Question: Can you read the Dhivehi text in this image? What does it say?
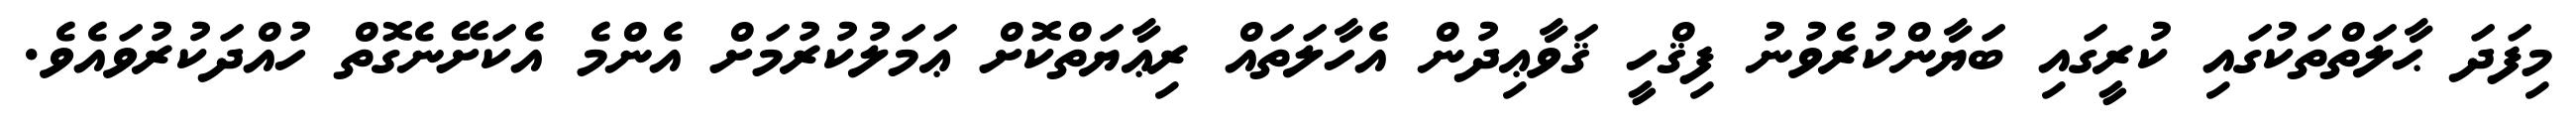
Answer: މިފަދަ ޙާލަތްތަކުގައި ކުރީގައި ބަޔާންކުރެވުނު ފިޤްހީ ޤަވާޢިދުން އެހާލަތައް ރިޢާޔަތްކޮށް ޢަމަލުކުރުމަށް އެންމެ އެކަށޭނެގޮތް ހުއްދަކުރުވައެވެ.